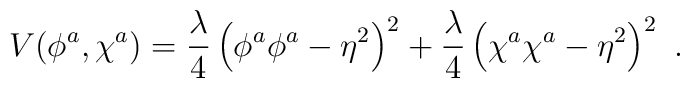
V(\phi^a,\chi^a)=\frac{\lambda}4\left(\phi^a\phi^a-\eta^2\right)^2+\frac{\lambda}4\left(\chi^a\chi^a-\eta^2\right)^2 \ .